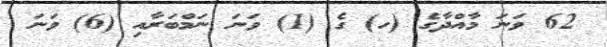
62 ވަނަ މާއްދާގެ (ހ) ގެ (1) ވަނަ ނަމްބަރާއި (6) ވަނަ